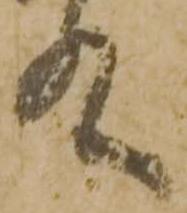
殿